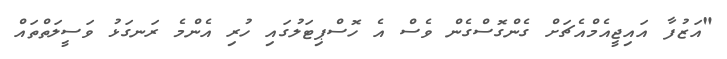
"އަޒުފާ އައިޖީއެމްއެޗަށް ގެންގޮސްގެން ވެސް އެ ހޮސްޕިޓަލުގައި ހުރި އެންމެ ރަނގަޅު ވަސީލަތްތައް